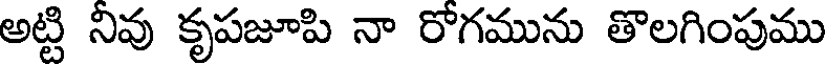
అట్టి నివు కృపజూపి నా రోగమును తొలగింపుము